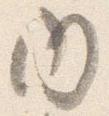
内